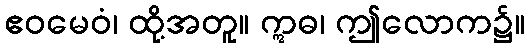
ဧဝမေဝံ၊ ထို့အတူ။ ဣဓ၊ ဤလောက၌။